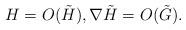
LaTeX: \begin{align*}H=O(\tilde{H}), \nabla \tilde{H} = O(\tilde{G}).\end{align*}